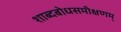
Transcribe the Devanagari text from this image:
शाब्दबोधसमीक्षणम्